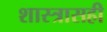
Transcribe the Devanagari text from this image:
शास्त्रासही